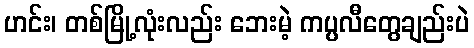
ဟင်း၊ တစ်မြို့လုံးလည်း ဘေးမဲ့ ကပ္ပလီတွေချည်းပဲ